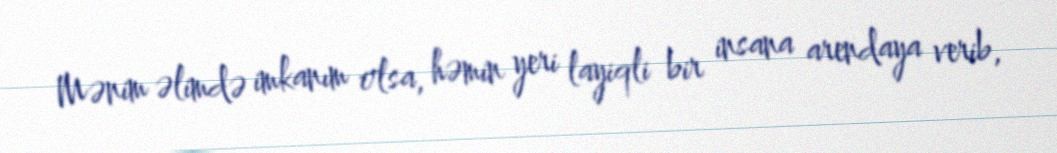
Mənim əlimdə imkanım olsa, həmin yeri layiqli bir insana arendaya verib,